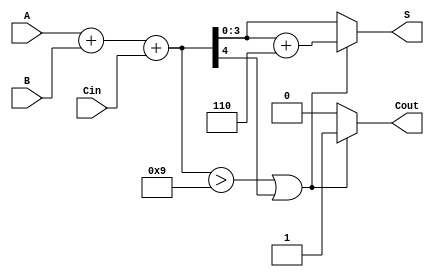
module BCD_Conditional_Adder (
    input [3:0] A,      // First BCD digit
    input [3:0] B,      // Second BCD digit
    input Cin,          // Carry input
    output reg [3:0] S, // BCD sum output
    output reg Cout     // Carry output
);

    wire [4:0] sum;     // 5-bit sum to accommodate carry
    wire correction;     // Correction condition

    // Step 1: Perform binary addition
    assign sum = A + B + Cin;

    // Step 2: Determine if correction is needed
    assign correction = (sum > 9) || (sum[4]); // Check if sum exceeds 9 or if there is a carry

    // Step 3: Generate the final BCD output
    always @(*) begin
        if (correction) begin
            S = sum + 5'd6; // Add 6 for BCD correction
            Cout = 1;       // Set carry out
        end else begin
            S = sum[3:0];   // No correction needed, take lower 4 bits
            Cout = 0;       // No carry out
        end
    end

endmodule